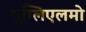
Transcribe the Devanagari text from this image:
गुग्लिएलमो